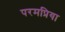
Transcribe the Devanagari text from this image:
परमप्रिया